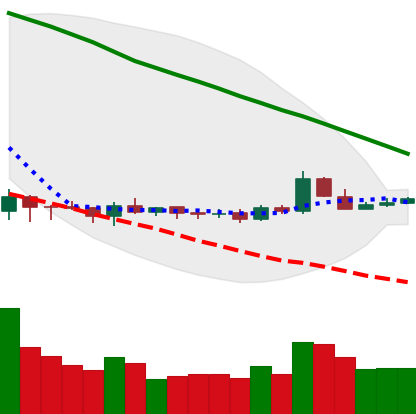
Ticker: ETC-USD
Chart end date: 2019-10-14
Forward return: -7.489%
Label: down_7plus